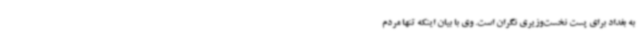
به بغداد برای پست نخست‌وزیری نگران است. وی با بیان اینکه تنها مردم